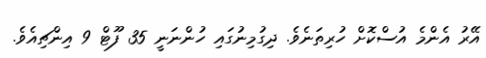
އޭރު އެންމެ އުސްކޮށް ހުރިތަނެވެ. ދިގުމިނުގައި ހުންނަނީ 35 ފޫޓް 9 އިންޗިއެވެ.